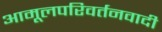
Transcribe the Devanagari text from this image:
आमूलपरिवर्तनवादी